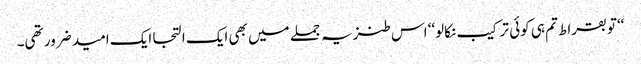
‘‘تو بقراط تم ہی کوئی ترکیب نکالو‘‘ اس طنزیہ جملے میں بھی ایک التجا ایک امید ضرور تھی۔